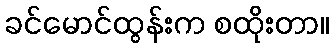
ခင်မောင်ထွန်းက စထိုးတာ။